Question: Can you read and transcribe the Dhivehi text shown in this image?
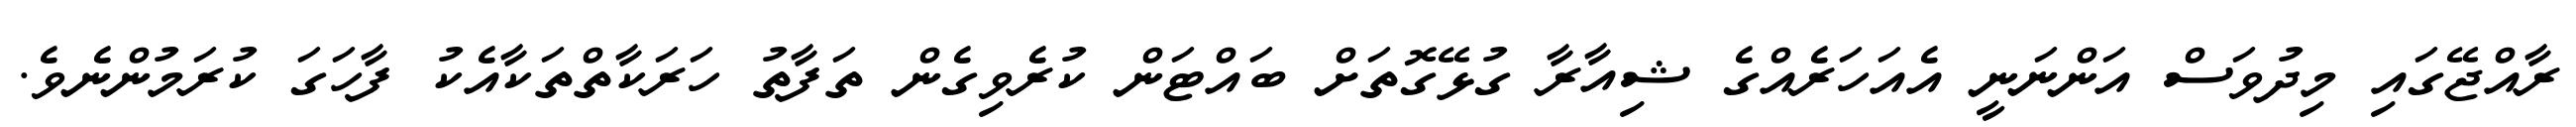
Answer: ރާއްޖޭގައި މިދުވަސް އަންނަނީ އެއަހަރެއްގެ ޝިއާރާ ގުޅޭގޮތަށް ބައްޓަން ކުރެވިގެން ތަފާތު ހަރަކާތްތަކާއެކު ފާހަގަ ކުރަމުންނެވެ.